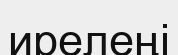
ирелеңі